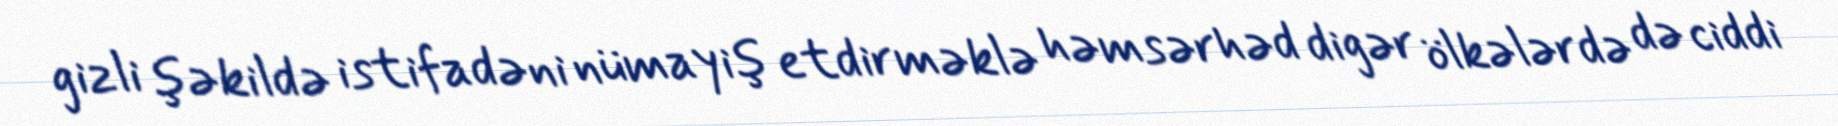
gizli şəkildə istifadəni nümayiş etdirməklə həmsərhəd digər ölkələrdə də ciddi